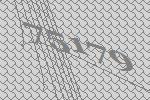
75179